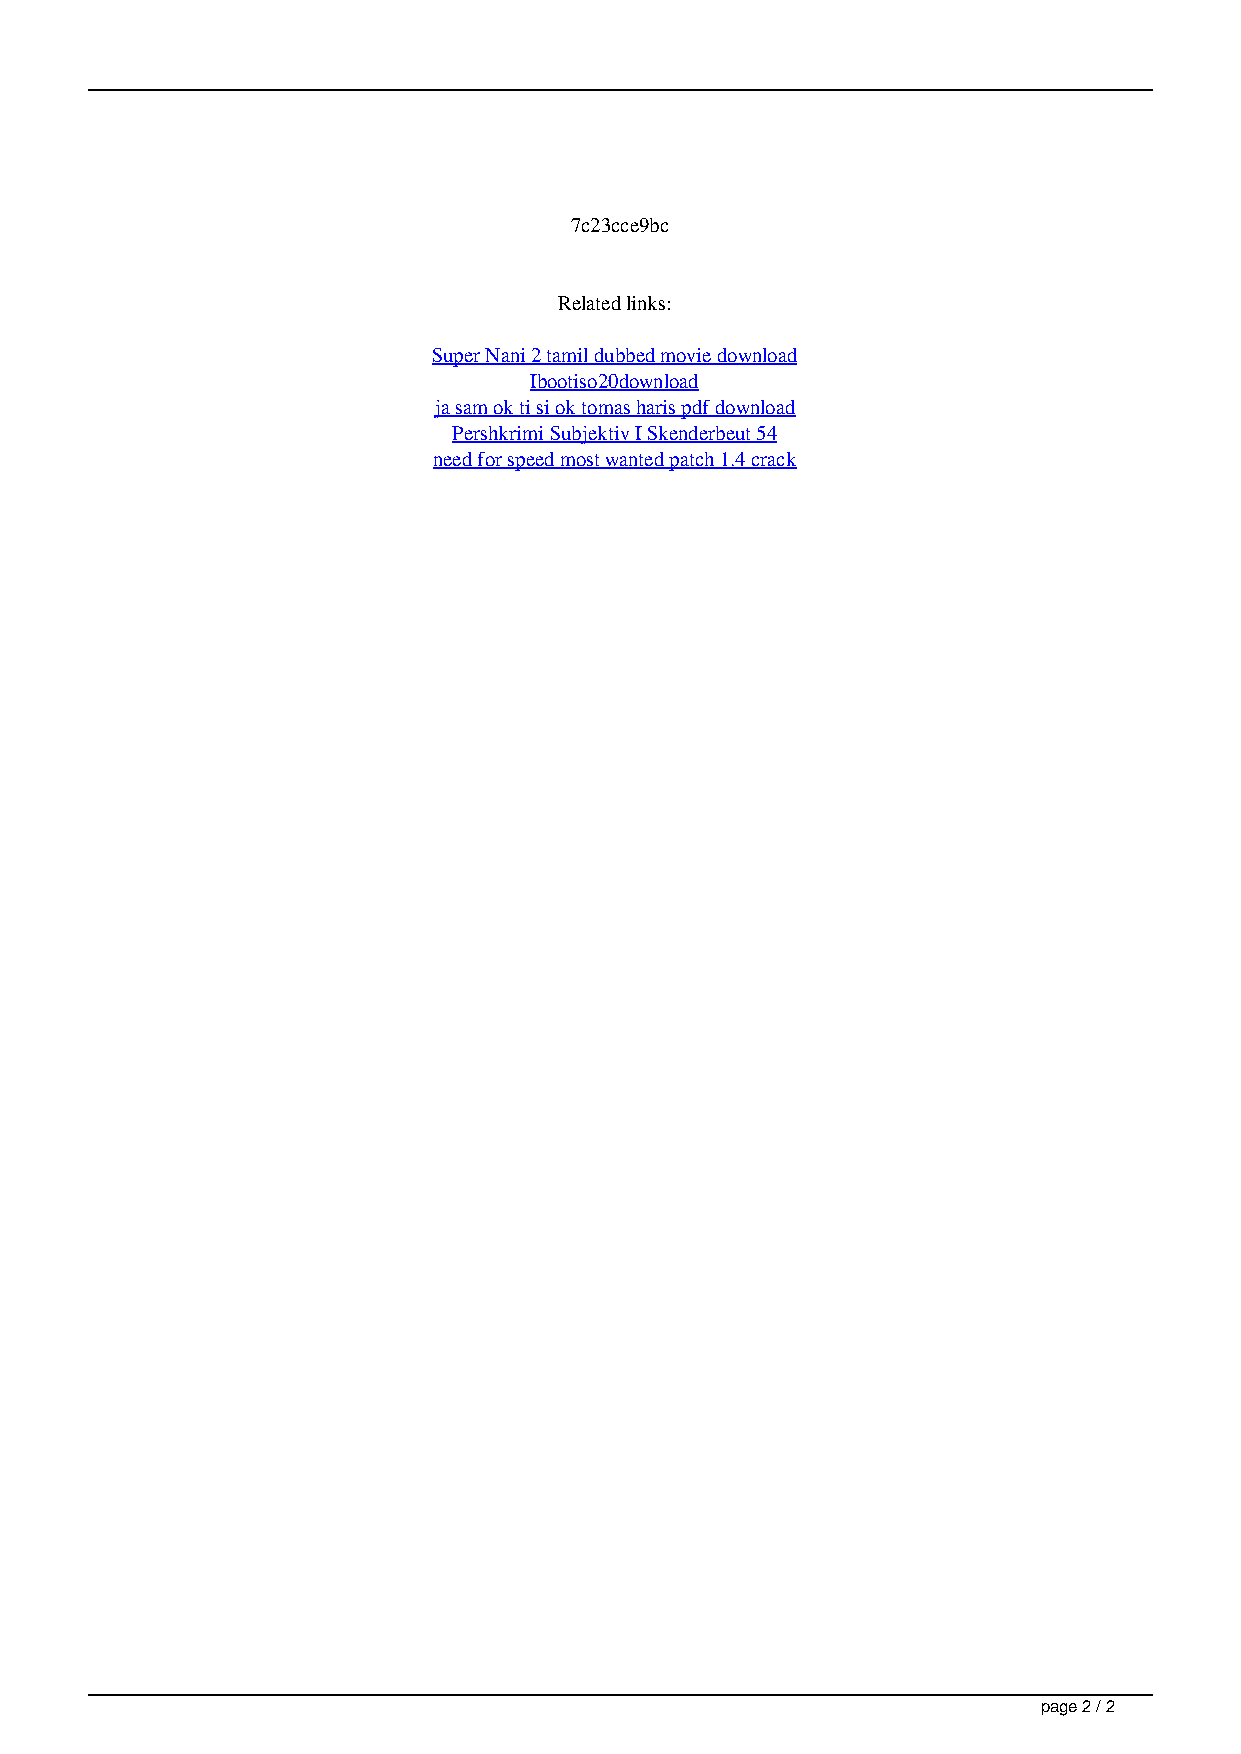
7c23cce9bc
 Related links:
 Super Nani 2 tamil dubbed movie download
 Ibootiso20download
 ja sam ok ti si ok tomas haris pdf download
 Pershkrimi Subjektiv I Skenderbeut 54
 need for speed most wanted patch 1.4 crack
 page 2 / 2
 Hal 7600 Windows 7 Activation